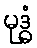
မုဒ္ဓံ